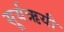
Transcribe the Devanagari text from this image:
सूर्यऋयी